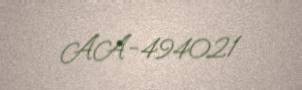
AA-494021